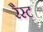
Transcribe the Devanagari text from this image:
रैस्ट